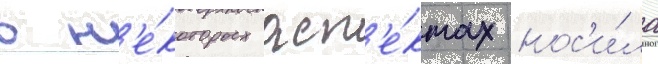
в н'е́которых асп'е́ктах нос'и́ла